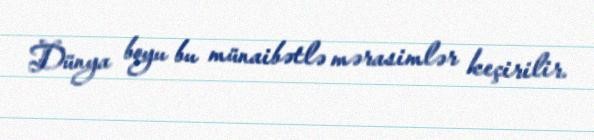
Dünya boyu bu münaibətlə mərasimlər keçirilir.